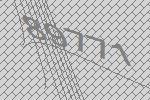
89771